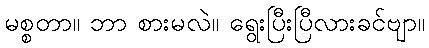
မစ္စတာ။ ဘာ စားမလဲ။ ရွေးပြီးပြီလားခင်ဗျာ။